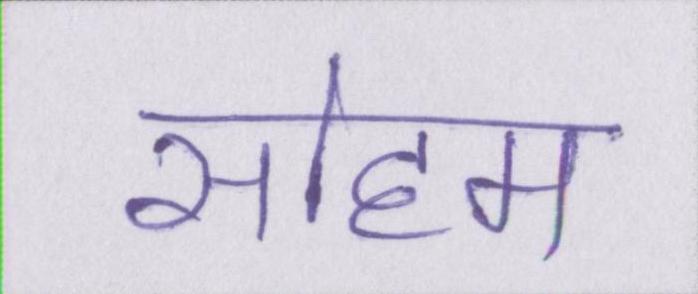
सोहम